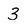
Character: 3